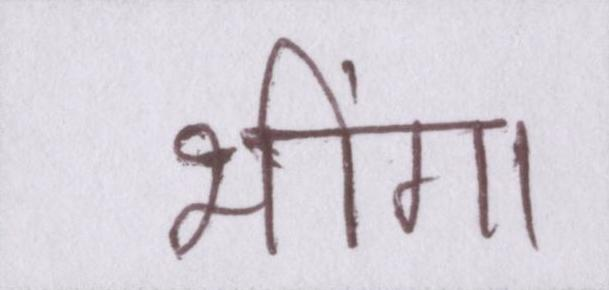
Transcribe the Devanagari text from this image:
भींगा